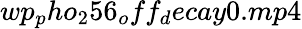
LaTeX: wp_{p}ho_{2}56_{o}ff_{d}ecay0.mp4